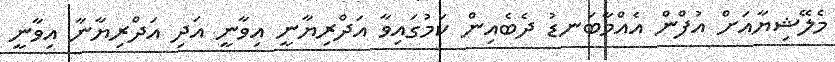
މެލޭޝިޔާއަށް އުފްން އެއްމާބަނޑު ދެބެއިން ކަމުގައިވާ އަދްރިޔާނީ އިވާނީ އަދި އަދްރިޔާނާ އިވާނީ